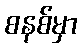
စနစ်မှာ